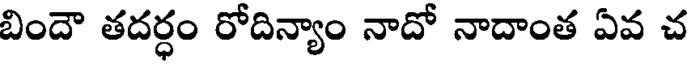
బిందౌ తదర్ధం రోదిన్యాం నాదో నాదాంత ఏవ చ